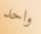
واحد